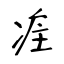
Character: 疰